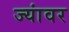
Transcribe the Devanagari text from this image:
ज्यांवर